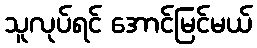
သူလုပ်ရင် အောင်မြင်မယ်